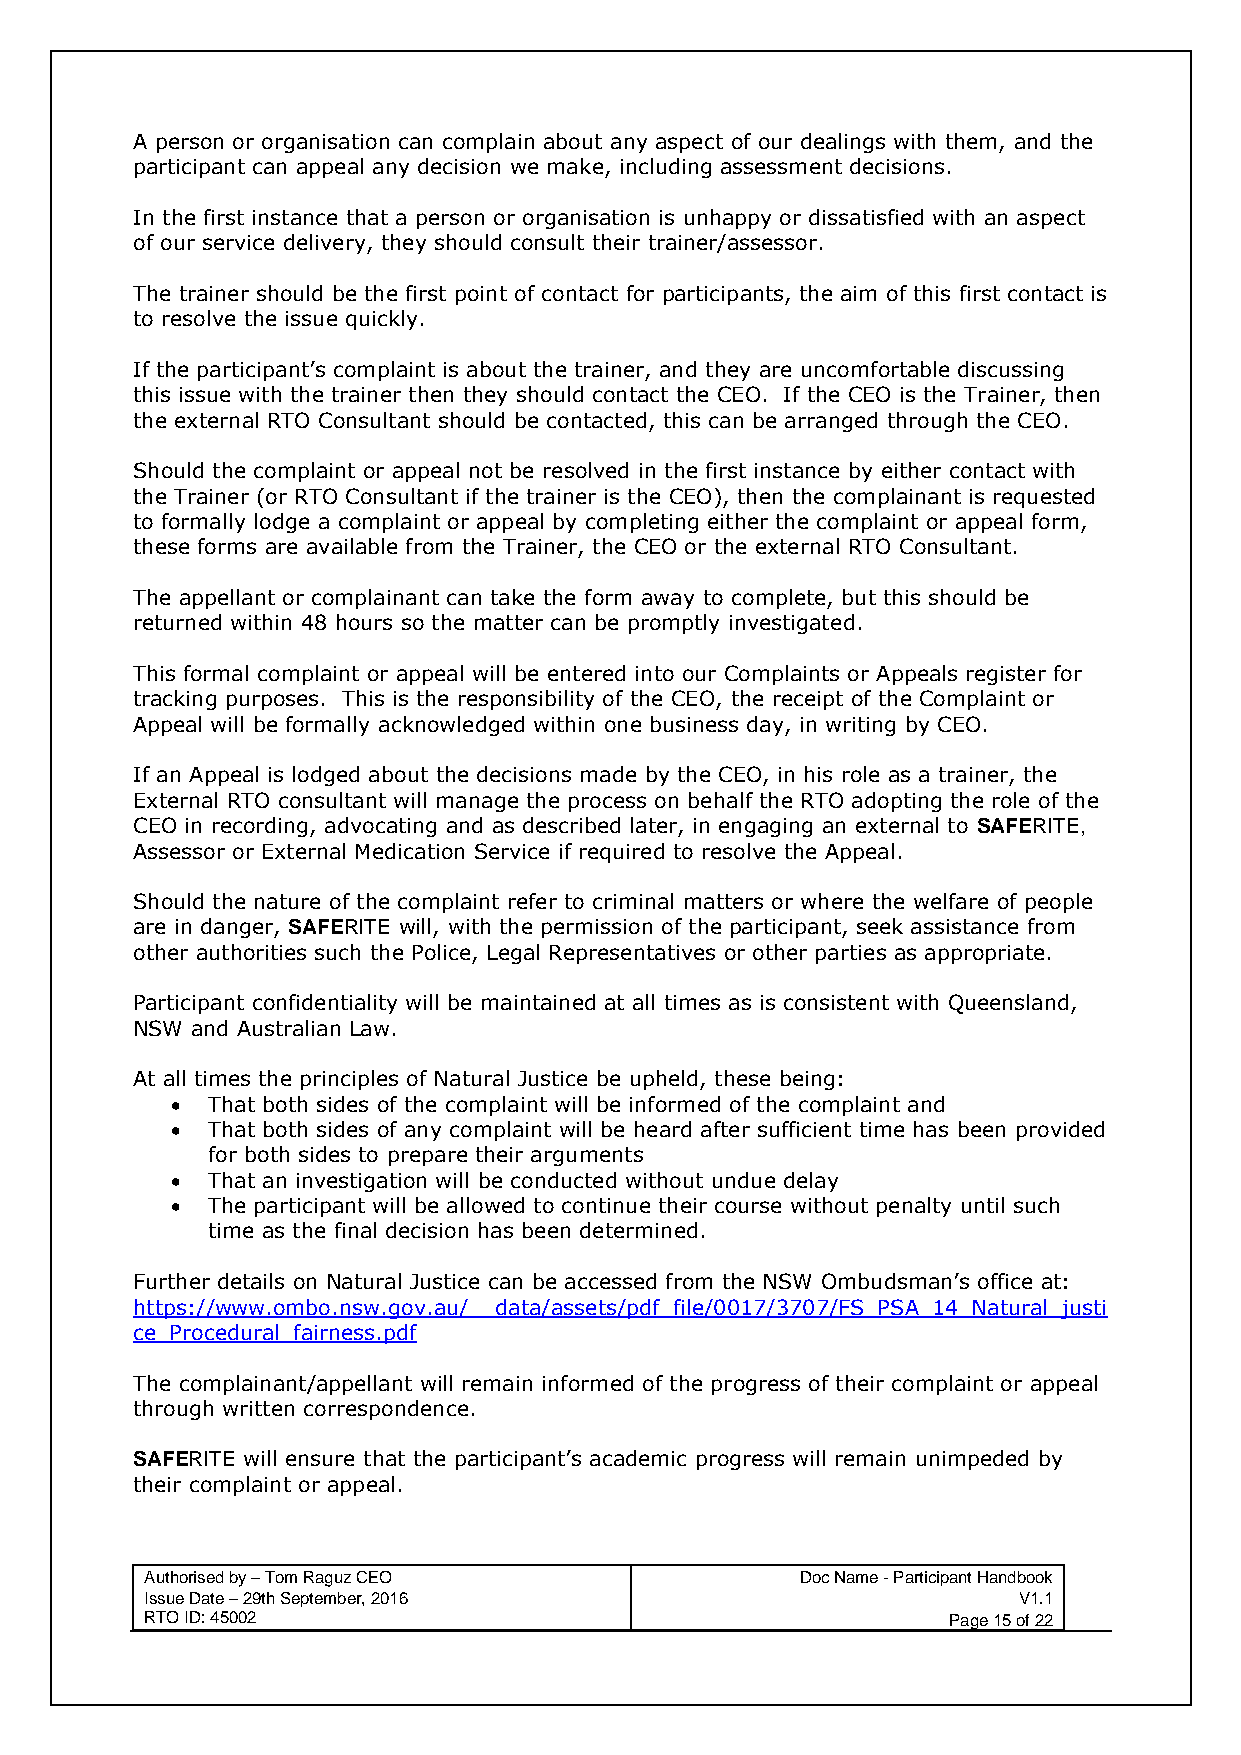
A person or organisation can complain about any aspect of our dealings with them, and the
 participant can appeal any decision we make, including assessment decisions.
 In the first instance that a person or organisation is unhappy or dissatisfied with an aspect
 of our service delivery, they should consult their trainer/assessor.
 The trainer should be the first point of contact for participants, the aim of this first contact is
 to resolve the issue quickly.
 If the participant’s complaint is about the trainer, and they are uncomfortable discussing
 this issue with the trainer then they should contact the CEO. If the CEO is the Trainer, then
 the external RTO Consultant should be contacted, this can be arranged through the CEO.
 Should the complaint or appeal not be resolved in the first instance by either contact with
 the Trainer (or RTO Consultant if the trainer is the CEO), then the complainant is requested
 to formally lodge a complaint or appeal by completing either the complaint or appeal form,
 these forms are available from the Trainer, the CEO or the external RTO Consultant.
 The appellant or complainant can take the form away to complete, but this should be
 returned within 48 hours so the matter can be promptly investigated.
 This formal complaint or appeal will be entered into our Complaints or Appeals register for
 tracking purposes. This is the responsibility of the CEO, the receipt of the Complaint or
 Appeal will be formally acknowledged within one business day, in writing by CEO.
 If an Appeal is lodged about the decisions made by the CEO, in his role as a trainer, the
 External RTO consultant will manage the process on behalf the RTO adopting the role of the
 CEO in recording, advocating and as described later, in engaging an external to SAFERITE,
 Assessor or External Medication Service if required to resolve the Appeal.
 Should the nature of the complaint refer to criminal matters or where the welfare of people
 are in danger, SAFERITE will, with the permission of the participant, seek assistance from
 other authorities such the Police, Legal Representatives or other parties as appropriate.
 Participant confidentiality will be maintained at all times as is consistent with Queensland,
 NSW and Australian Law.
 At all times the principles of Natural Justice be upheld, these being:
 •  That both sides of the complaint will be informed of the complaint and
 •  That both sides of any complaint will be heard after sufficient time has been provided
 for both sides to prepare their arguments
 •  That an investigation will be conducted without undue delay
 •  The participant will be allowed to continue their course without penalty until such
 time as the final decision has been determined.
 Further details on Natural Justice can be accessed from the NSW Ombudsman’s office at:
 https://www.ombo.nsw.gov.au/__data/assets/pdf_file/0017/3707/FS_PSA_14_Natural_justi
 ce_Procedural_fairness.pdf
 The complainant/appellant will remain informed of the progress of their complaint or appeal
 through written correspondence.
 SAFERITE will ensure that the participant’s academic progress will remain unimpeded by
 their complaint or appeal.
 Authorised by – Tom Raguz CEO              Doc Name - Participant Handbook
 Issue Date – 29th September, 2016                        V1.1
 RTO ID: 45002                                        Page 15 of 22